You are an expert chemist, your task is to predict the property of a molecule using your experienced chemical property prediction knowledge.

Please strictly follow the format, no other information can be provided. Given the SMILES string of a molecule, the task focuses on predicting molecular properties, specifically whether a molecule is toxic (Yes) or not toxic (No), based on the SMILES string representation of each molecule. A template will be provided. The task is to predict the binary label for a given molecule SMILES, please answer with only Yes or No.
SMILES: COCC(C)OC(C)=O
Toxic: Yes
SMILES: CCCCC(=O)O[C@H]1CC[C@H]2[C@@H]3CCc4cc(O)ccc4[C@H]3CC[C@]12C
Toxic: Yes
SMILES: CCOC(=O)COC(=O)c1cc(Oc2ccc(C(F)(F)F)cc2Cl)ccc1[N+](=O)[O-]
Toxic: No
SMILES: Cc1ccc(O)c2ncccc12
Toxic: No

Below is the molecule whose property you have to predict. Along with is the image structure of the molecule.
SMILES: O=C(CCCN1CC=C(n2c(=O)[nH]c3ccccc32)CC1)c1ccc(F)cc1
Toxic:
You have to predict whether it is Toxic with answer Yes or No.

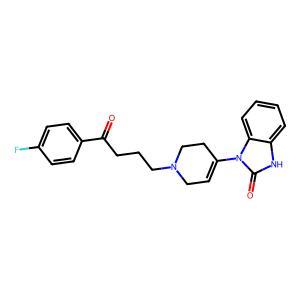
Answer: No